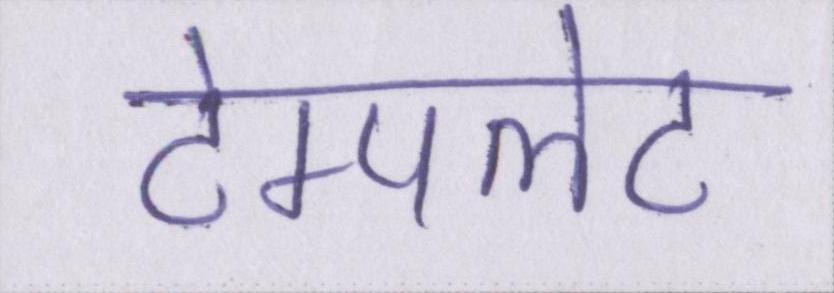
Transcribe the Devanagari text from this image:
टेम्पलेट